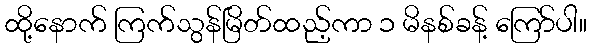
ထို့နောက် ကြက်သွန်မြိတ်ထည့်ကာ ၁ မိနစ်ခန့် ကြော်ပါ။